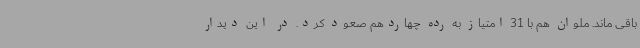
باقی ماند. ملوان هم با 31 امتیاز به رده چهاردهم صعود کرد. در این دیدار